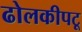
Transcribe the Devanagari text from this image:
ढोलकीपटू